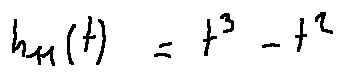
h _ { 1 1 } ( t ) = t ^ { 3 } - t ^ { 2 }